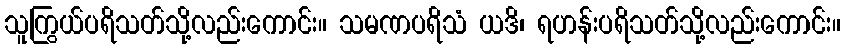
သူကြွယ်ပရိသတ်သို့လည်းကောင်း။ သမဏပရိသံ ယဒိ၊ ရဟန်းပရိသတ်သို့လည်းကောင်း။